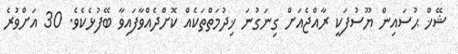
ޝޭޚް ޙުސައިން ޔޫސުފަކީ ރާއްޖެއަށް ގިނަގުނަ ޚިދުމަތްތަކެއް ކޮށްދެއްވާފައިވާ ބޭފުޅެކެވެ. 30 އަށްވުރެ